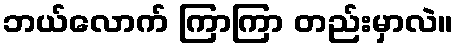
ဘယ်လောက် ကြာကြာ တည်းမှာလဲ။